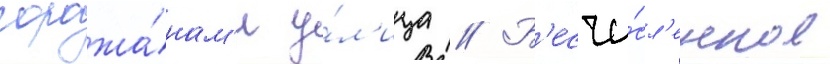
горожа́нам'и у́л'ица // Б'есчи́сл'енное